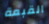
القبعة